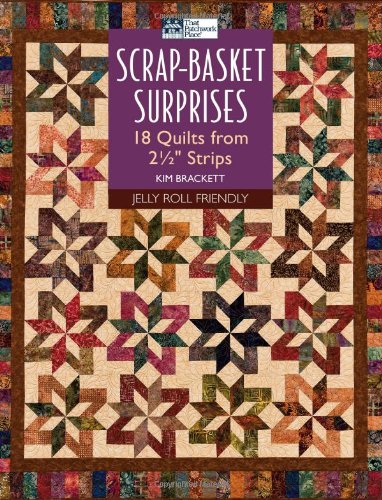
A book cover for Scrap-Basket Surprises: 18 Quilts from 2 1/2" Strips; Kim Brackett; Crafts, Hobbies & Home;